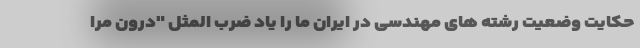
حکایت وضعیت رشته های مهندسی در ایران ما را یاد ضرب المثل "درون مرا